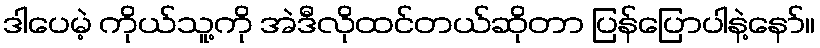
ဒါပေမဲ့ ကိုယ်သူ့ကို အဲဒီလိုထင်တယ်ဆိုတာ ပြန်ပြောပါနဲ့နော်။